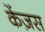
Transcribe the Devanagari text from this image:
केंज़स